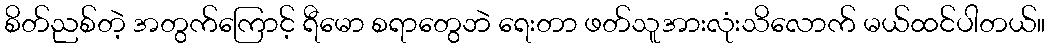
စိတ်ညစ်တဲ့ အတွက်ကြောင့် ရီမော စရာတွေဘဲ ရေးတာ ဖတ်သူအားလုံးသိလောက် မယ်ထင်ပါတယ်။